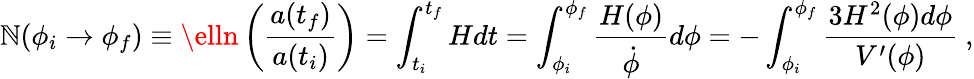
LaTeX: \mathbb{N}(\phi_{i}\rightarrow\phi_{f})\equiv\elln\left(\frac{{a(t_{f})}}{{a(t_{i})}}\right)=\int_{t_{i}}^{t_{f}}Hdt=\int_{\phi_{i}}^{\phi_{f}}\frac{{H(\phi)}}{{\dot{{\phi}}}}d\phi=-\int_{\phi_{i}}^{\phi_{f}}\frac{{3H^{2}(\phi)d\phi}}{{V^{\prime}(\phi)}}~,